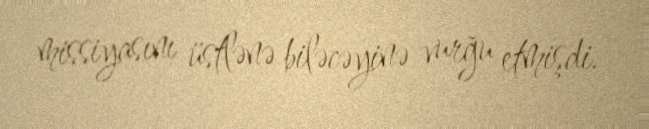
missiyasını üstlənə biləcəyinə vurğu etmişdi.